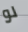
لو